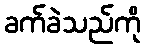
ခက်ခဲသည်ကို